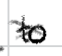
Text: to
Cross-out: cross
Writing tool: digital_black